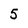
Character: 5